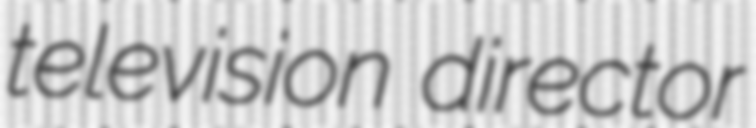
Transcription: television director